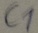
Text: C1